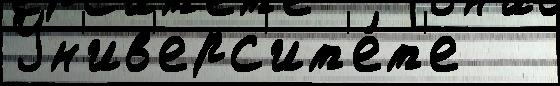
Ун'ив'ерс'ит'е́т'е